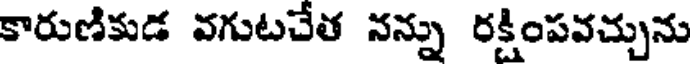
కారుణికుడ వగుటచేత నన్ను రక్షింపవచ్చును